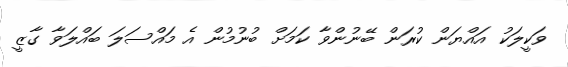
ވަކީލަކު އައްޔަން ކުރަން ބޭނުންވާ ކަމަށް ބުނުމުން އެ މައްސަލަ ބައްލަވާ ގާޒީ